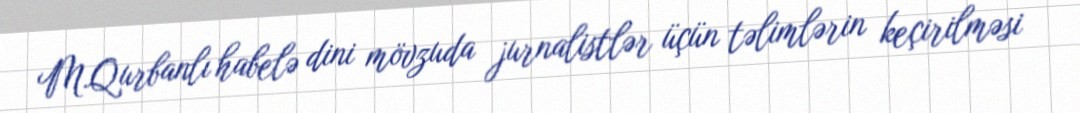
M.Qurbanlı habelə dini mövzuda jurnalistlər üçün təlimlərin keçirilməsi